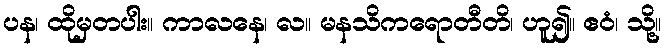
ပန၊ ထိုမှတပါး။ ကာလနေ၊ လ။ မနသိကရောတီတိ၊ ဟူ၍။ ဧဝံ၊ သို့။